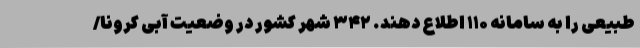
طبیعی را به سامانه ۱۱۰ اطلاع دهند. ۳۴۲ شهر کشور در وضعیت آبی کرونا/